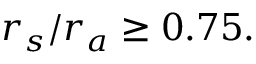
r _ { s } / r _ { a } \ge 0 . 7 5 .